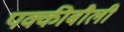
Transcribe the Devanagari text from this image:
पक्कीबौली